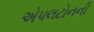
એપલટોનની